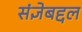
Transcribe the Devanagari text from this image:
संज्ञेबद्दल